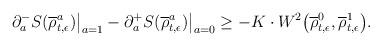
LaTeX: \begin{align*} \partial_a^- S(\overline\rho^a_{t,\epsilon})\big|_{a=1}-\partial_a^+ S(\overline\rho^a_{t,\epsilon})\big|_{a=0}\ge -K\cdot W^2\big(\overline\rho^0_{t,\epsilon},\overline\rho^1_{t,\epsilon}\big). \end{align*}